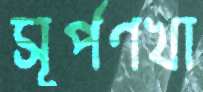
সূর্পণখা